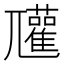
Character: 𡰞